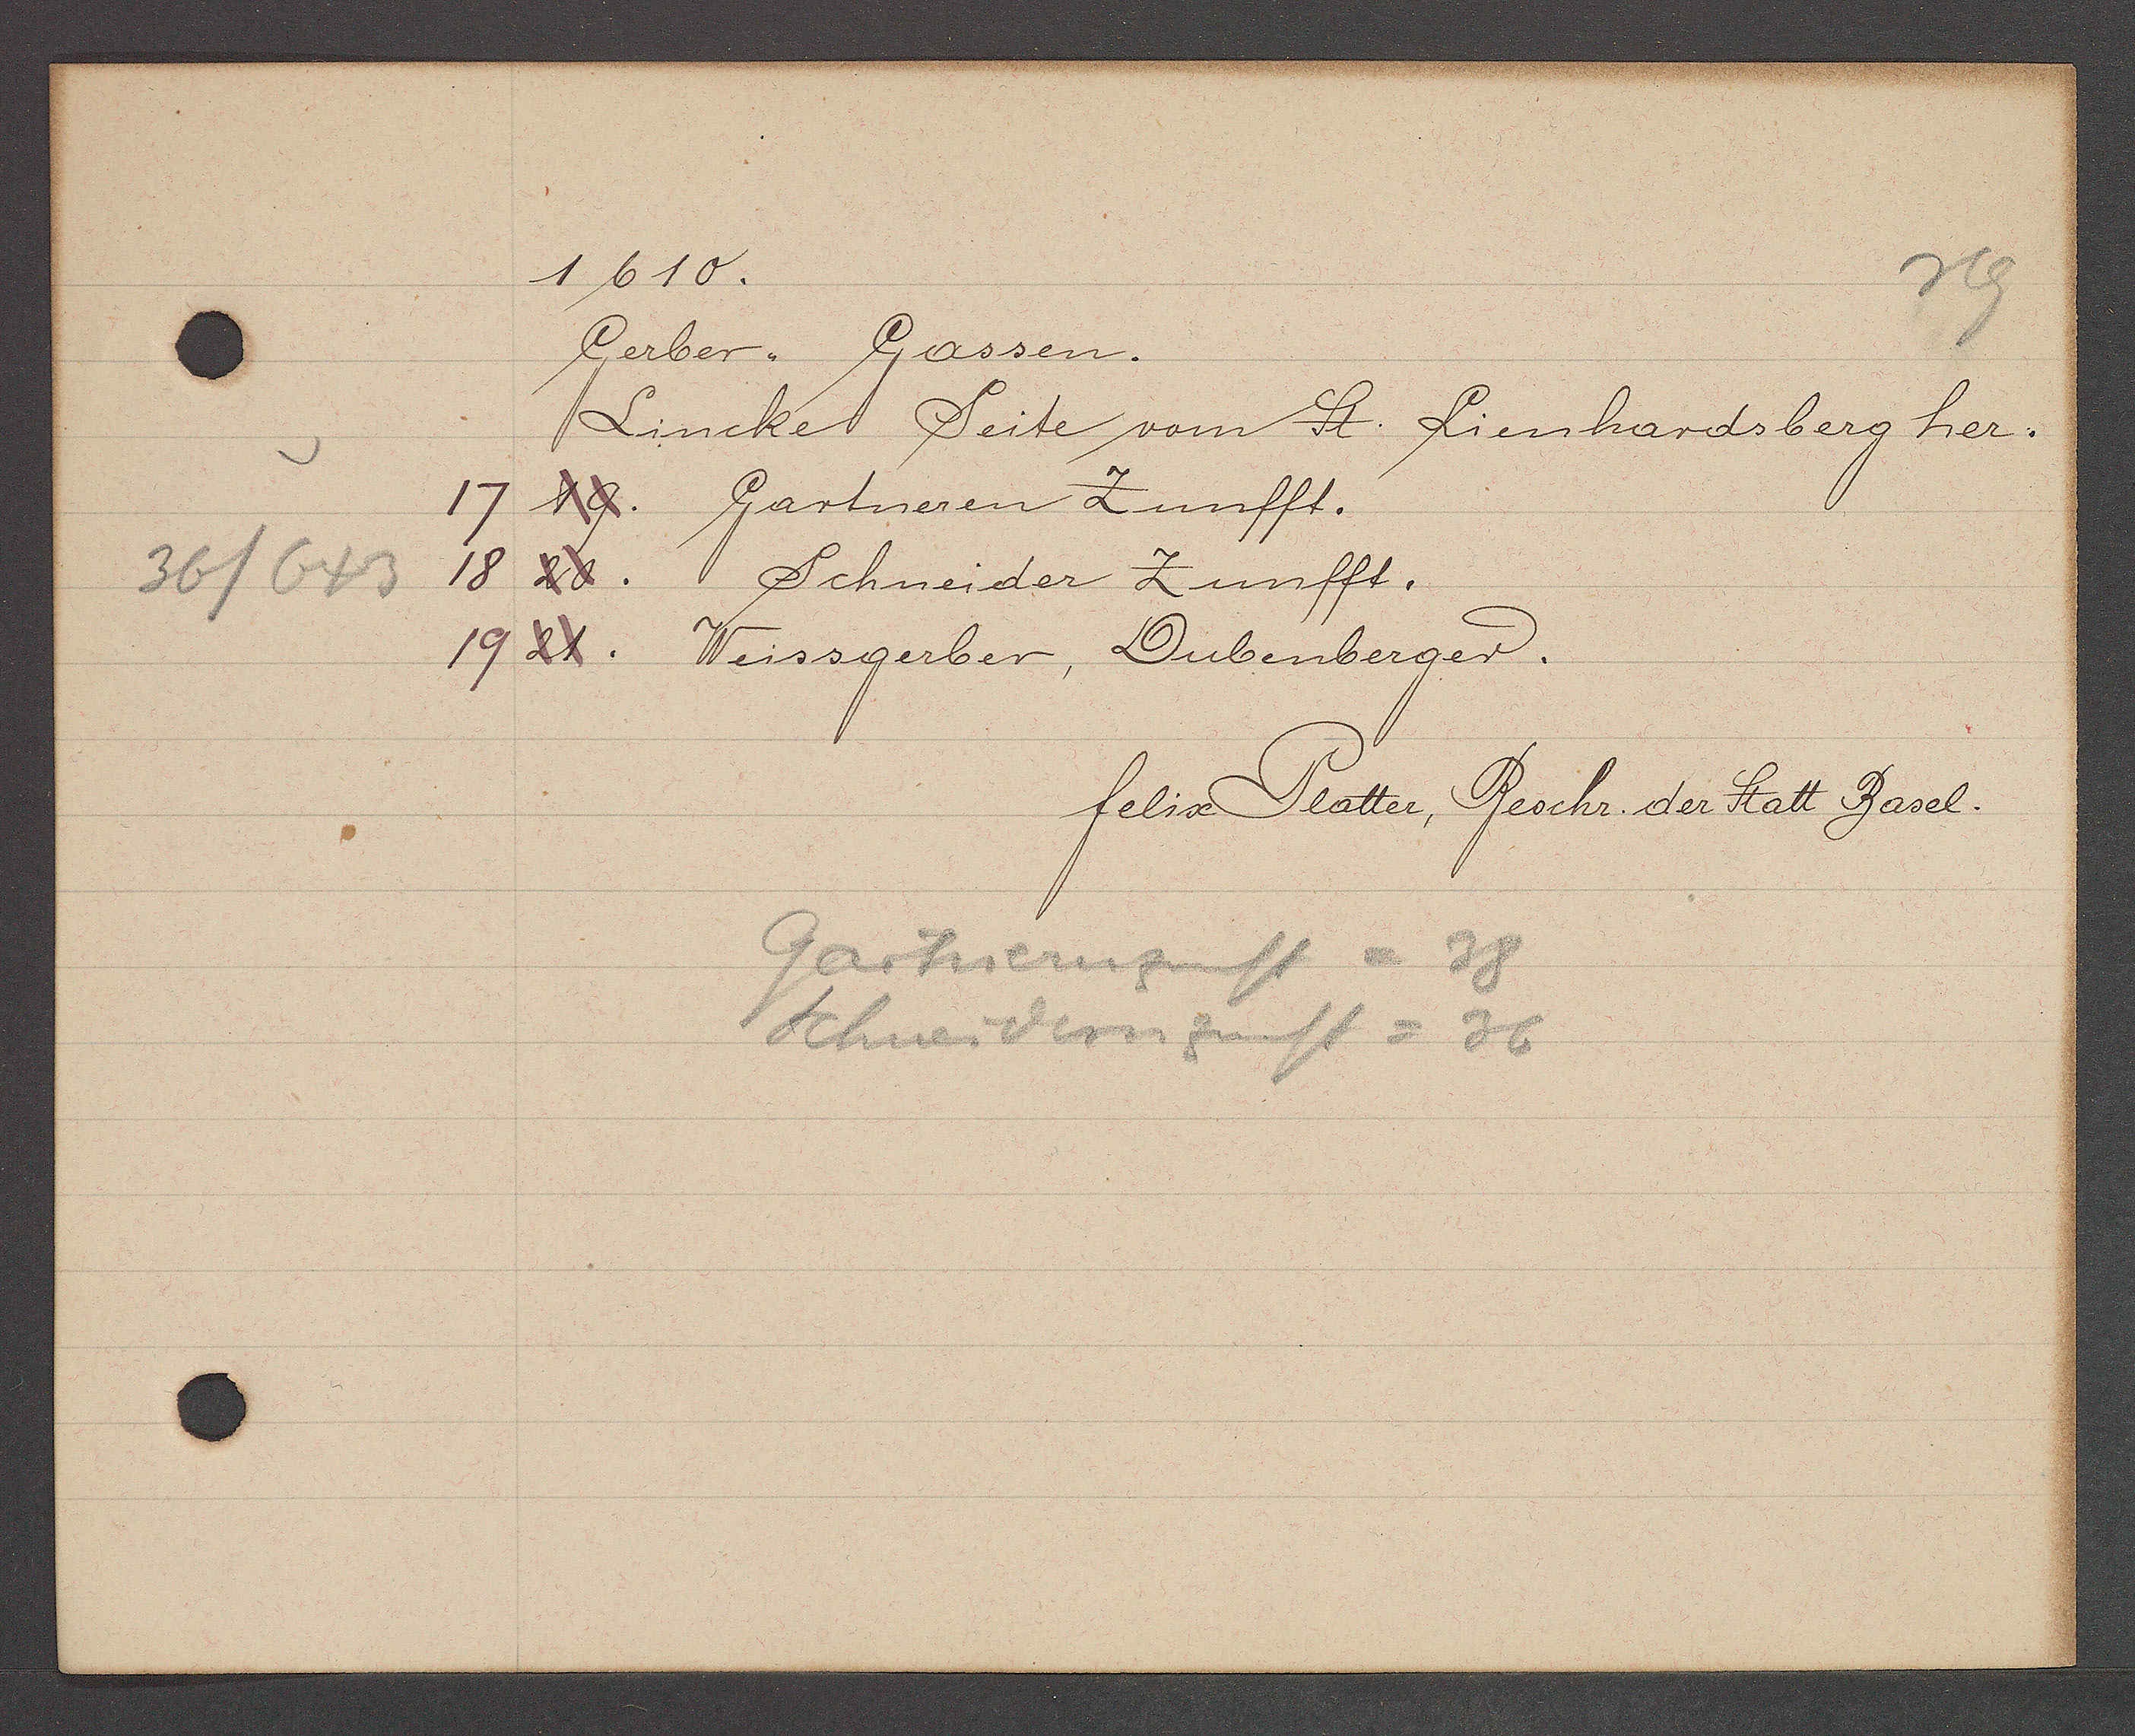
Transcript:
36/643

1610.

Gerber, Gassen.
Lincke Seite vom St. Lienhardsberg her.
17 19. Gartneren Zunfft.
18 20. Schneider Zunfft.
19 21. Weissgerber, Dubenberger.

Gartnernzunfft = 38
Schneidernzunft = 36

felix Platter, Beschr. der Statt Basel.